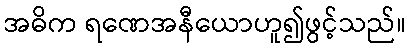
အဓိက ရဏေအနီယောဟူ၍ဖွင့်သည်။